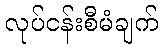
လုပ်ငန်းစီမံချက်